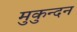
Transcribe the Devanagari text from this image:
मुकुन्दन